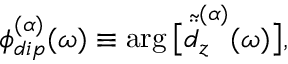
\phi _ { d i p } ^ { ( \alpha ) } ( \omega ) \equiv \arg \big [ \tilde { \ddot { d } } _ { z } ^ { ( \alpha ) } ( \omega ) \big ] ,